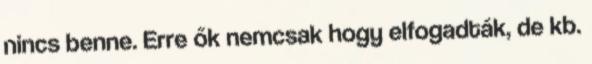
nincs benne. Erre ők nemcsak hogy elfogadták, de kb.